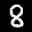
Label: 8